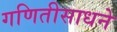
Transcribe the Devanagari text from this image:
गणितीसाधने